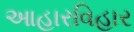
આહારવિહાર